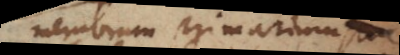
membrum primarium